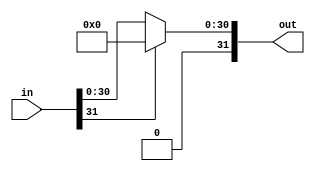
module ReLU #(parameter BIT_WIDTH = 32)(
	input signed[BIT_WIDTH-1:0] in,
	output signed[BIT_WIDTH-1:0] out
);

// check MSB = 1 (-ve)
assign out = (in[BIT_WIDTH-1]) ? 0 : in;

endmodule